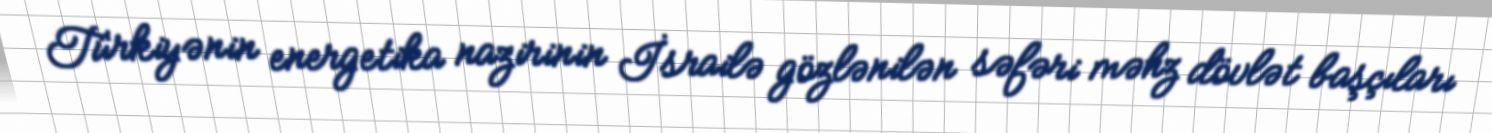
Türkiyənin energetika nazirinin İsrailə gözlənilən səfəri məhz dövlət başçıları